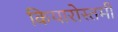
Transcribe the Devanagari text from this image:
कियारोस्तमी